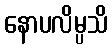
နောပလိမ္ပသိ